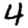
Digit: 4